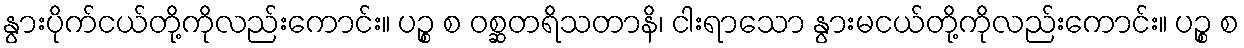
နွားပိုက်ငယ်တို့ကိုလည်းကောင်း။ ပဉ္စ စ ဝစ္ဆတရိသတာနိ၊ ငါးရာသော နွားမငယ်တို့ကိုလည်းကောင်း။ ပဉ္စ စ